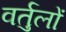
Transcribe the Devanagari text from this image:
वर्तुलों